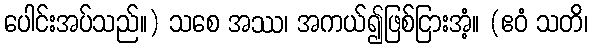
ပေါင်းအပ်သည်။) သစေ အဿ၊ အကယ်၍ဖြစ်ငြားအံ့။ (ဧဝံ သတိ၊